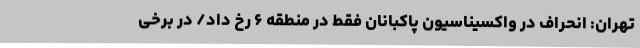
تهران: انحراف در واکسیناسیون پاکبانان فقط در منطقه ۶ رخ داد/ در برخی